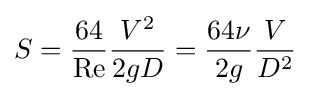
S={\frac {64}{\mathrm {Re} }}{\frac {V^{2}}{2gD}}={\frac {64\nu }{2g}}{\frac {V}{D^{2}}}